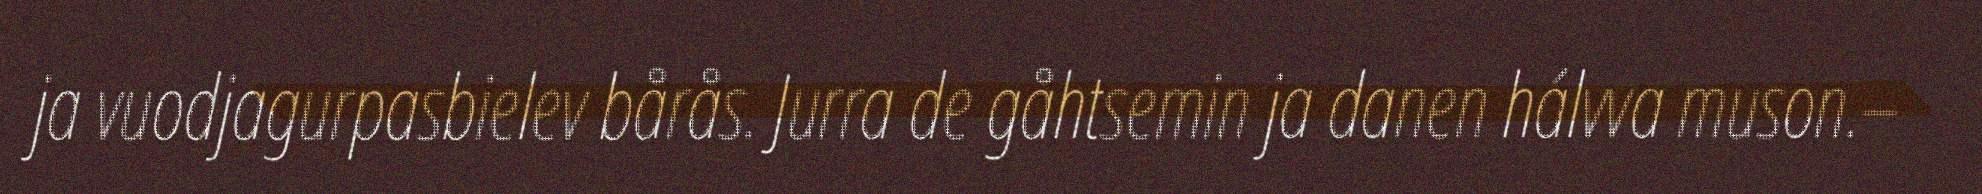
ja vuodjagurpasbielev bårås. Jurra de gåhtsemin ja danen hálvva muson.–